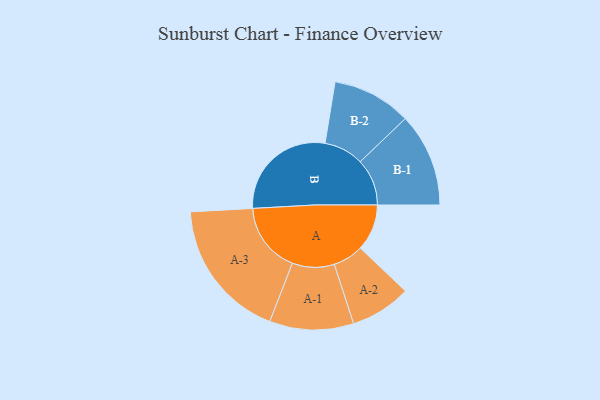
{"axis": {"x": "Segment", "y": "Value"}, "legend": ["", "A", "B"], "data": [{"x": "A", "y": 193, "type": ""}, {"x": "B", "y": 454, "type": ""}, {"x": "A-1", "y": 174, "type": "A"}, {"x": "A-2", "y": 126, "type": "A"}, {"x": "A-3", "y": 291, "type": "A"}, {"x": "B-1", "y": 194, "type": "B"}, {"x": "B-2", "y": 164, "type": "B"}]}